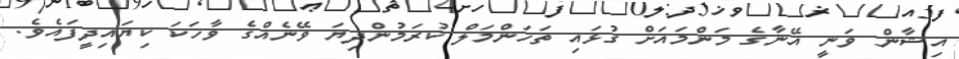
އިޝާން ވަނީ އޭނާގެ މަންމައަށް ގުޅައި ތަހަންމަލް ކުރަމުންދިޔަ ވޭނެއްގެ ވާހަކަ ކިޔައިދީފައެވެ.